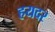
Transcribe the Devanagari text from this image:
हयदर